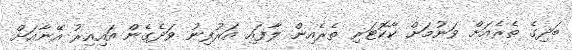
ބަދިގެ ތެރެއަށް ވަނުމަށް ކާކޮޓަރި ތެރެއިން ލާފައި އަރުފިނު ވަދެގެން އައިއިރު އޭނާއަށް